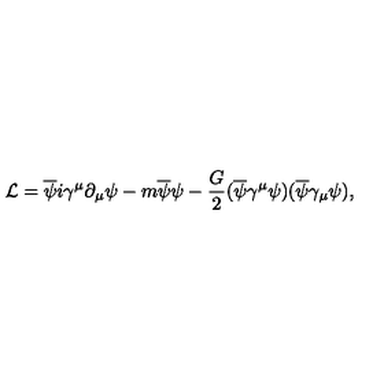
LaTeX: { \cal L } = \overline { { \psi } } i \gamma ^ { \mu } \partial _ { \mu } \psi - m \overline { { \psi } } \psi - \frac { G } { 2 } ( \overline { { \psi } } \gamma ^ { \mu } \psi ) ( \overline { { \psi } } \gamma _ { \mu } \psi ) ,